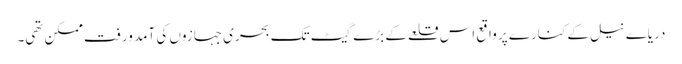
دریاے نیل کے کنارے پر واقع اس قلعے کے بڑے گیٹ تک بحری جہازوں کی آمد ورفت ممکن تھی۔